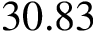
3 0 . 8 3